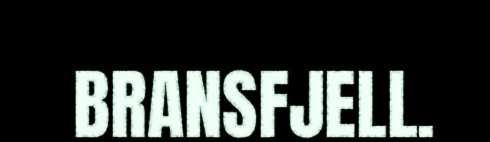
BRANSFJELL.